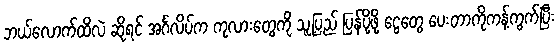
ဘယ်လောက်ထိလဲ ဆိုရင် အင်္ဂလိပ်က ကုလားတွေကို သူ့ပြည် ပြန်ပို့ဖို့ ငွေတွေ ပေးတာကိုကန့်ကွက်ပြီး